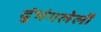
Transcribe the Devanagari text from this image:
दुंभंगलेली